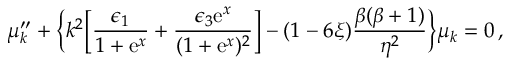
\mu _ { k } ^ { \prime \prime } + \biggl \{ k ^ { 2 } \biggl [ \frac { \epsilon _ { 1 } } { 1 + \mathrm { e } ^ { x } } + \frac { \epsilon _ { 3 } \mathrm { e } ^ { x } } { ( 1 + \mathrm { e } ^ { x } ) ^ { 2 } } \biggr ] - ( 1 - 6 \xi ) \frac { \beta ( \beta + 1 ) } { \eta ^ { 2 } } \biggr \} \mu _ { k } = 0 \, ,